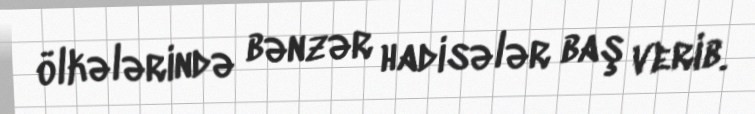
ölkələrində bənzər hadisələr baş verib.